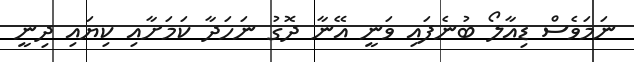
ނަމަވެސް ޑިއާލޯ ބުނެފައި ވަނީ އޭނާ ދޮގު ނަހަދާ ކަމަށާއި ކިޔައި ދިނީ